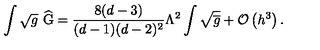
\int \sqrt { g } \ \widehat { \mathrm { G } } = \frac { 8 ( d - 3 ) } { ( d - 1 ) ( d - 2 ) ^ { 2 } } \Lambda ^ { 2 } \int \sqrt { \overline { { g } } } + { \cal O } \left( h ^ { 3 } \right) .